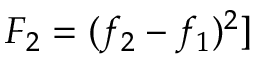
F _ { 2 } = ( f _ { 2 } - f _ { 1 } ) ^ { 2 } ]